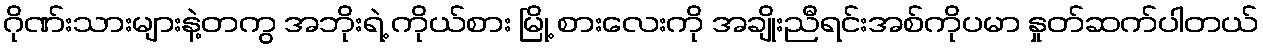
ဂိုဏ်းသားများနဲ့တကွ အဘိုးရဲ့ ကိုယ်စား မြို့ စားလေးကို အချိုးညီရင်းအစ်ကိုပမာ နှုတ်ဆက်ပါတယ်